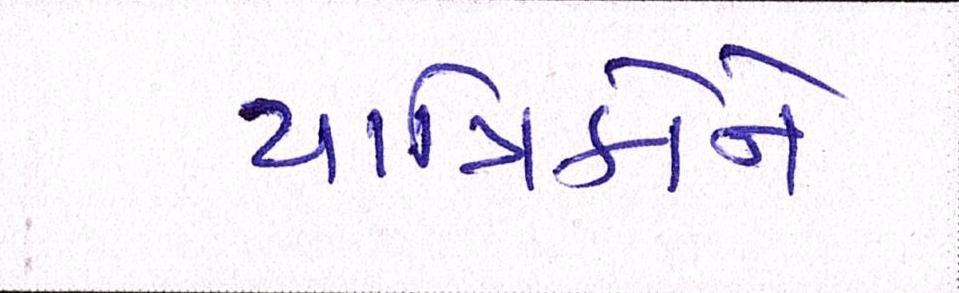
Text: યાત્રિકોને